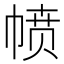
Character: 𪩸